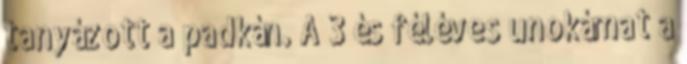
tanyázott a padkán. A 3 és féléves unokámat a